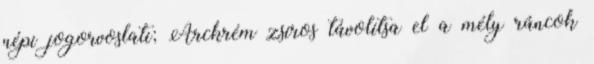
népi jogorvoslati; Arckrém zsíros távolítsa el a mély ráncok